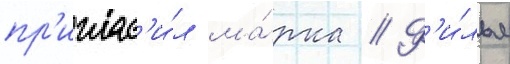
пр'иглас'и́л ма́рка // Ф'и́льм